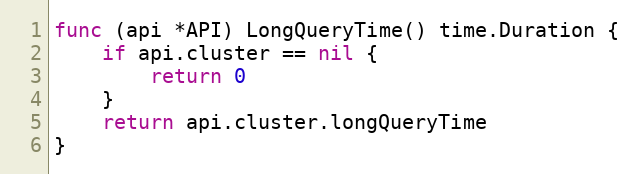
Language: Go
func (api *API) LongQueryTime() time.Duration {
	if api.cluster == nil {
		return 0
	}
	return api.cluster.longQueryTime
}